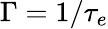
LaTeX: \Gamma=1/\tau_{e}